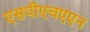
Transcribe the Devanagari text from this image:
एसपीएचएएन